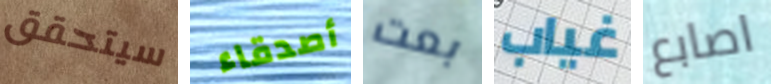
سيتحقق أصدقاء بعت غياب اصابع